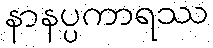
နာနပ္ပကာရဿ